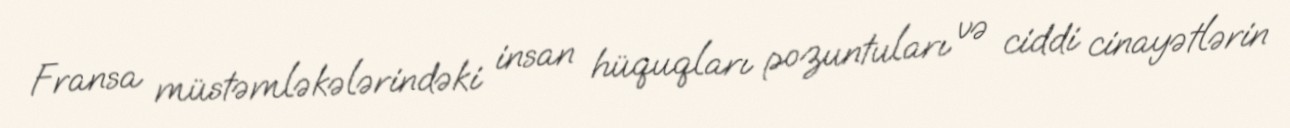
Fransa müstəmləkələrindəki insan hüquqları pozuntuları və ciddi cinayətlərin